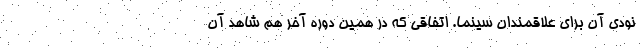
نودی آن برای علاقمندان سینما. اتفاقی که در همین دوره آخر هم شاهد آن